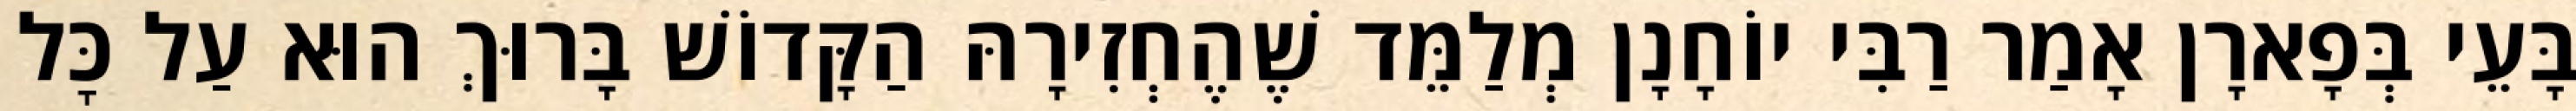
בָּעֵי בְּפָארָן אָמַר רַבִּי יוֹחָנָן מְלַמֵּד שֶׁהֶחְזִירָהּ הַקָּדוֹשׁ בָּרוּךְ הוּא עַל כׇּל